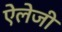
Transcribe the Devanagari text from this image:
ऐलेजी